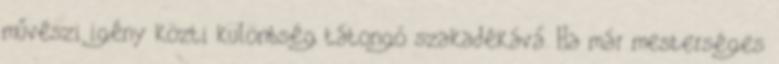
művészi igény közti különbség tátongó szakadékává. Ha már mesterséges